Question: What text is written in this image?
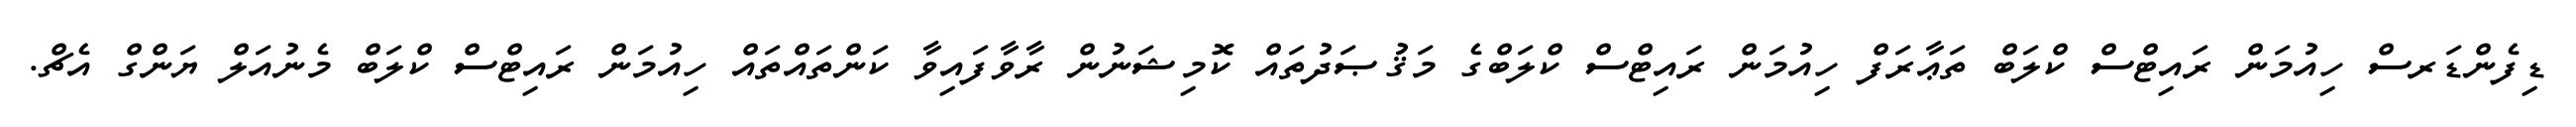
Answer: ޑިފެންޑަރސް ހިއުމަން ރައިޓްސް ކްލަބް ތަޢާރަފް ހިއުމަން ރައިޓްސް ކްލަބްގެ މަޤުޞަދުތައް ކޮމިޝަނުން ރާވާފައިވާ ކަންތައްތައް ހިއުމަން ރައިޓްސް ކްލަބް މެނުއަލް ޔަންގް އެޗް.